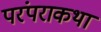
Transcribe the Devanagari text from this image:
परंपराकथा